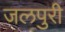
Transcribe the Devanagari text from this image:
जलपुरी